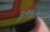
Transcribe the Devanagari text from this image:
३९७९